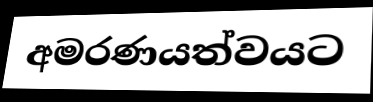
අමරණයත්වයට